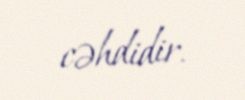
cəhdidir.